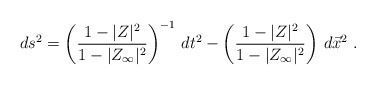
\begin{align*}ds^2 = \left({1-|Z|^2\over 1-|Z_\infty|^2}\right)^{-1}\, dt^2 -\left({1-|Z|^2\over 1-|Z_\infty|^2}\right)\,d\vec x^2 \ .\end{align*}